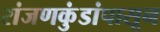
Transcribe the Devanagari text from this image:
रांजणकुंडांपासून